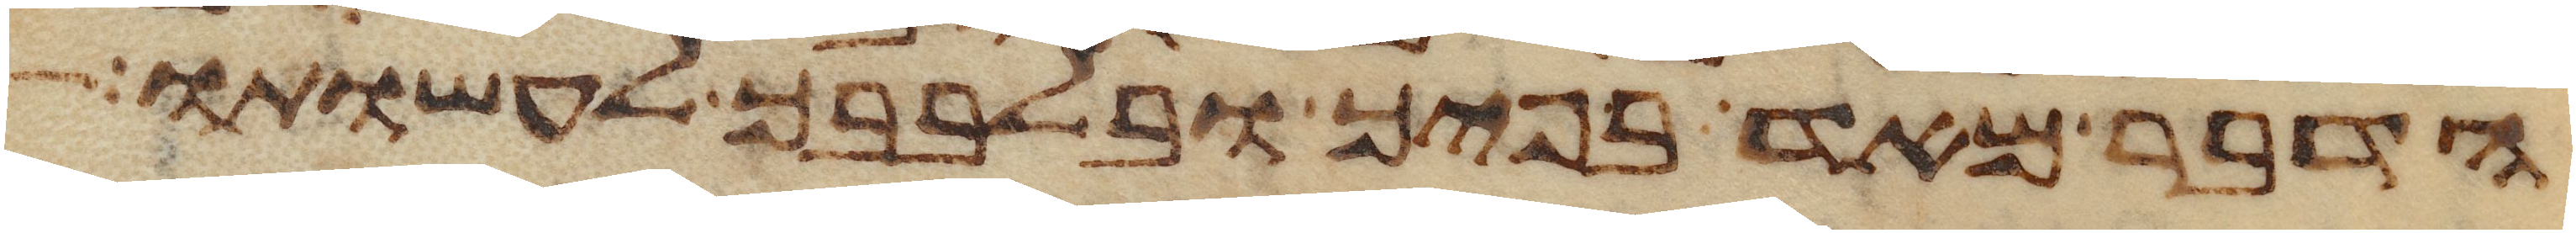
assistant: הדבר מאד בפיך ובלבבך לעשותו